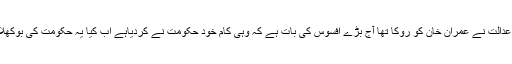
جس کام سے عدالت نے عمران خان کو روکا تھا آج بڑے افسوس کی بات ہے کہ وہی کام خود حکومت نے کردیاہے اَب کیا یہ حکومت کی بوکھلاہٹ نہیں ہے؟